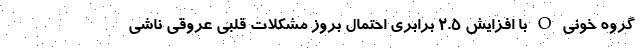
گروه خونی O با افزایش ۲.۵ برابری احتمال بروز مشکلات قلبی عروقی ناشی